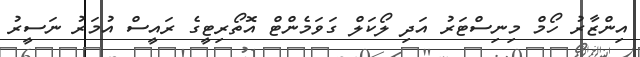
އިންޒާރު ހޯމް މިނިސްޓަރު އަދި ލޯކަލް ގަވަމެންޓް އޮތޯރިޓީގެ ރައީސް އުމަރު ނަސީރު